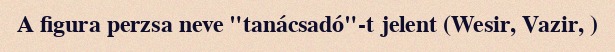
A figura perzsa neve "tanácsadó"-t jelent (Wesir, Vazir, )